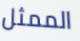
الممثل